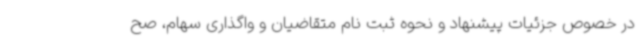
در خصوص جزئیات پیشنهاد و نحوه ثبت نام متقاضیان و واگذاری سهام، صح